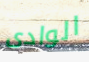
الوادى